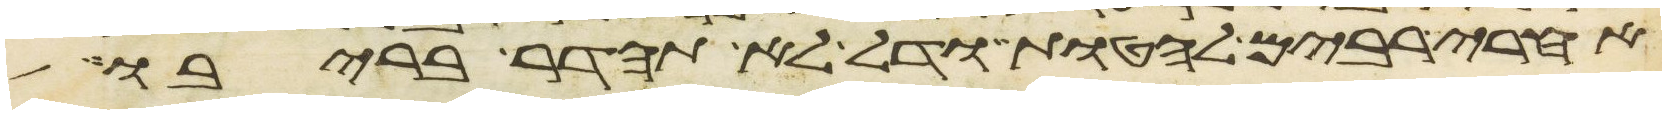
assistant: אחרי רבים להטות ודל לא תהדר בריבו